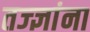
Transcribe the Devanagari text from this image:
तज्‍ज्ञांना